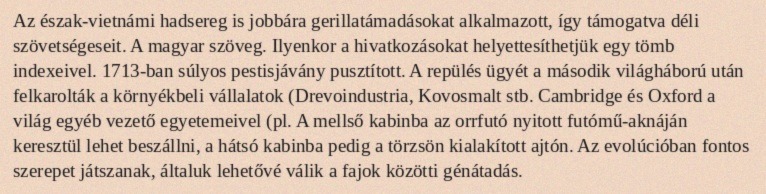
Az észak-vietnámi hadsereg is jobbára gerillatámadásokat alkalmazott, így támogatva déli szövetségeseit. A magyar szöveg. Ilyenkor a hivatkozásokat helyettesíthetjük egy tömb indexeivel. 1713-ban súlyos pestisjávány pusztított. A repülés ügyét a második világháború után felkarolták a környékbeli vállalatok (Drevoindustria, Kovosmalt stb. Cambridge és Oxford a világ egyéb vezető egyetemeivel (pl. A mellső kabinba az orrfutó nyitott futómű-aknáján keresztül lehet beszállni, a hátsó kabinba pedig a törzsön kialakított ajtón. Az evolúcióban fontos szerepet játszanak, általuk lehetővé válik a fajok közötti génátadás.